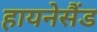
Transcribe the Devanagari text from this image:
हायनेसैंड